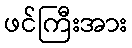
ဖင်ကြီးအား